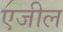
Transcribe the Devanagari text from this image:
एजील